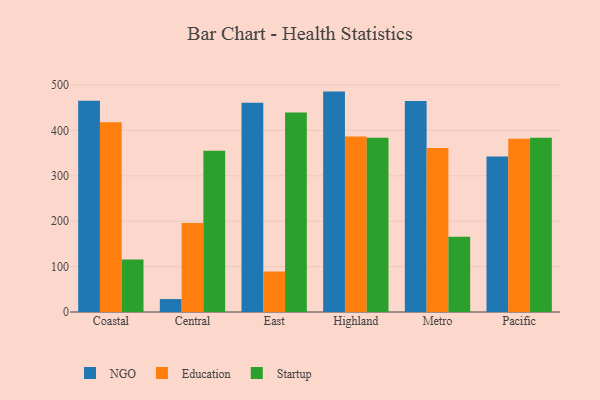
{"axis": {"x": "Region", "y": "Page Views"}, "legend": ["Education", "NGO", "Startup"], "data": [{"x": "Coastal", "y": 465.1, "type": "NGO"}, {"x": "Coastal", "y": 418.0, "type": "Education"}, {"x": "Coastal", "y": 115.5, "type": "Startup"}, {"x": "Central", "y": 28.5, "type": "NGO"}, {"x": "Central", "y": 195.9, "type": "Education"}, {"x": "Central", "y": 355.4, "type": "Startup"}, {"x": "East", "y": 461.2, "type": "NGO"}, {"x": "East", "y": 89.2, "type": "Education"}, {"x": "East", "y": 439.4, "type": "Startup"}, {"x": "Highland", "y": 485.5, "type": "NGO"}, {"x": "Highland", "y": 386.5, "type": "Education"}, {"x": "Highland", "y": 384.0, "type": "Startup"}, {"x": "Metro", "y": 464.8, "type": "NGO"}, {"x": "Metro", "y": 361.2, "type": "Education"}, {"x": "Metro", "y": 165.9, "type": "Startup"}, {"x": "Pacific", "y": 342.5, "type": "NGO"}, {"x": "Pacific", "y": 381.6, "type": "Education"}, {"x": "Pacific", "y": 383.6, "type": "Startup"}]}